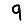
Digit: 9